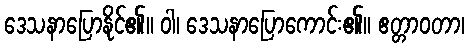
ဒေသနာပြောနိုင်၏။ ဝါ၊ ဒေသနာပြောကောင်း၏။ ဧတ္တာဝတာ၊